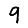
Digit: 9